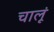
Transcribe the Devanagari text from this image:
चालूं